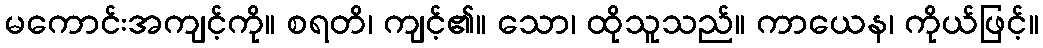
မကောင်းအကျင့်ကို။ စရတိ၊ ကျင့်၏။ သော၊ ထိုသူသည်။ ကာယေန၊ ကိုယ်ဖြင့်။